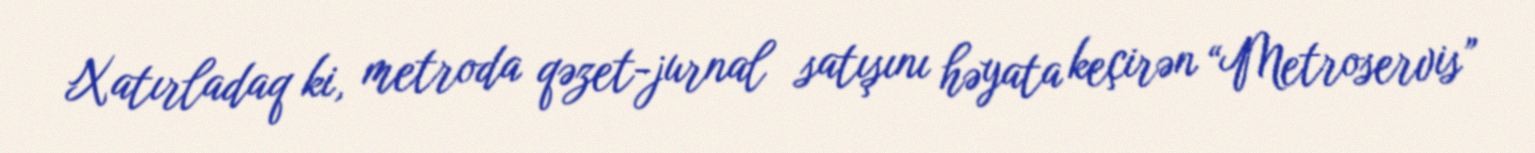
Xatırladaq ki, metroda qəzet-jurnal satışını həyata keçirən “Metroservis”